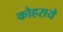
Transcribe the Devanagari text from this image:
कोहराये